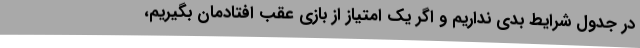
در جدول شرایط بدی نداریم و اگر یک امتیاز از بازی عقب افتادمان بگیریم،